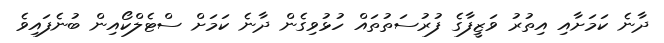
ދާނެ ކަމަށާއި އިތުރު ވަޒީފާގެ ފުރުސަތުތައް ހުޅުވިގެން ދާނެ ކަމަށް ސްޓެލްކޯއިން ބުނެފައިވެ